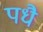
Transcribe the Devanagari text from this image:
पधै